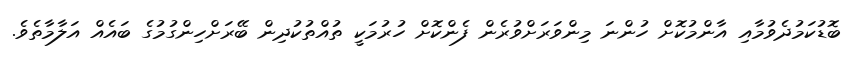
ބޮޑުކަމުދެވުމާއި އާންމުކޮށް ހުންނަ މިންވަރަށްވުރެން ފެންކޮށް ހުރުމަކީ ތުއްތުކުދިން ބޭރަށްހިންގުމުގެ ބައެއް އަލާމާތެވެ.